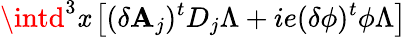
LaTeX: \intd^{3}\mathit{x}\left[(\delta\mathbf{A}_{j})^{t}D_{j}\Lambda+ie(\delta\phi)^{t}\phi\Lambda\right]